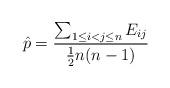
LaTeX: \begin{align*}\hat{p} = \frac{\sum_{1\leq i<j\leq n} E_{ij}}{\frac{1}{2}n(n-1)}\end{align*}